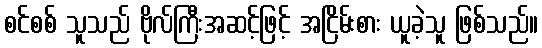
စင်စစ် သူသည် ဗိုလ်ကြီးအဆင့်ဖြင့် အငြိမ်းစား ယူခဲ့သူ ဖြစ်သည်။